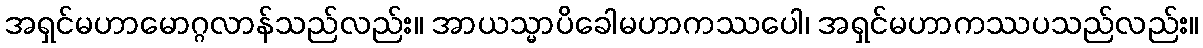
အရှင်မဟာမောဂ္ဂလာန်သည်လည်း။ အာယသ္မာပိခေါမဟာကဿပေါ၊ အရှင်မဟာကဿပသည်လည်း။